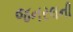
જનરલની